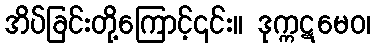
အိပ်ခြင်းတို့ကြောင့်၎င်း။ ဒုက္ကဋမေဝ၊